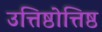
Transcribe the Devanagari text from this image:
उत्तिष्ठोत्तिष्ठ